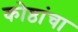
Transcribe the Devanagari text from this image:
कोष्ठांचा